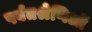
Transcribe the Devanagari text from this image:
पर्वतश्रेणिओं